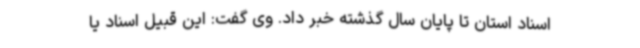
اسناد استان تا پایان سال گذشته خبر داد. وی گفت: این قبیل اسناد یا